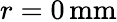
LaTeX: r=0\, \mathrm{mm}